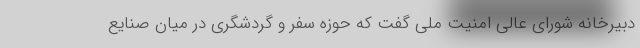
دبیرخانه شورای عالی امنیت ملی گفت که حوزه سفر و گردشگری در میان صنایع